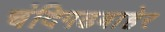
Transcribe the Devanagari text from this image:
चंदिगढबाहेर